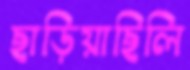
ছাড়িয়াছিলি